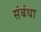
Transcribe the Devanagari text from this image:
संबंधा